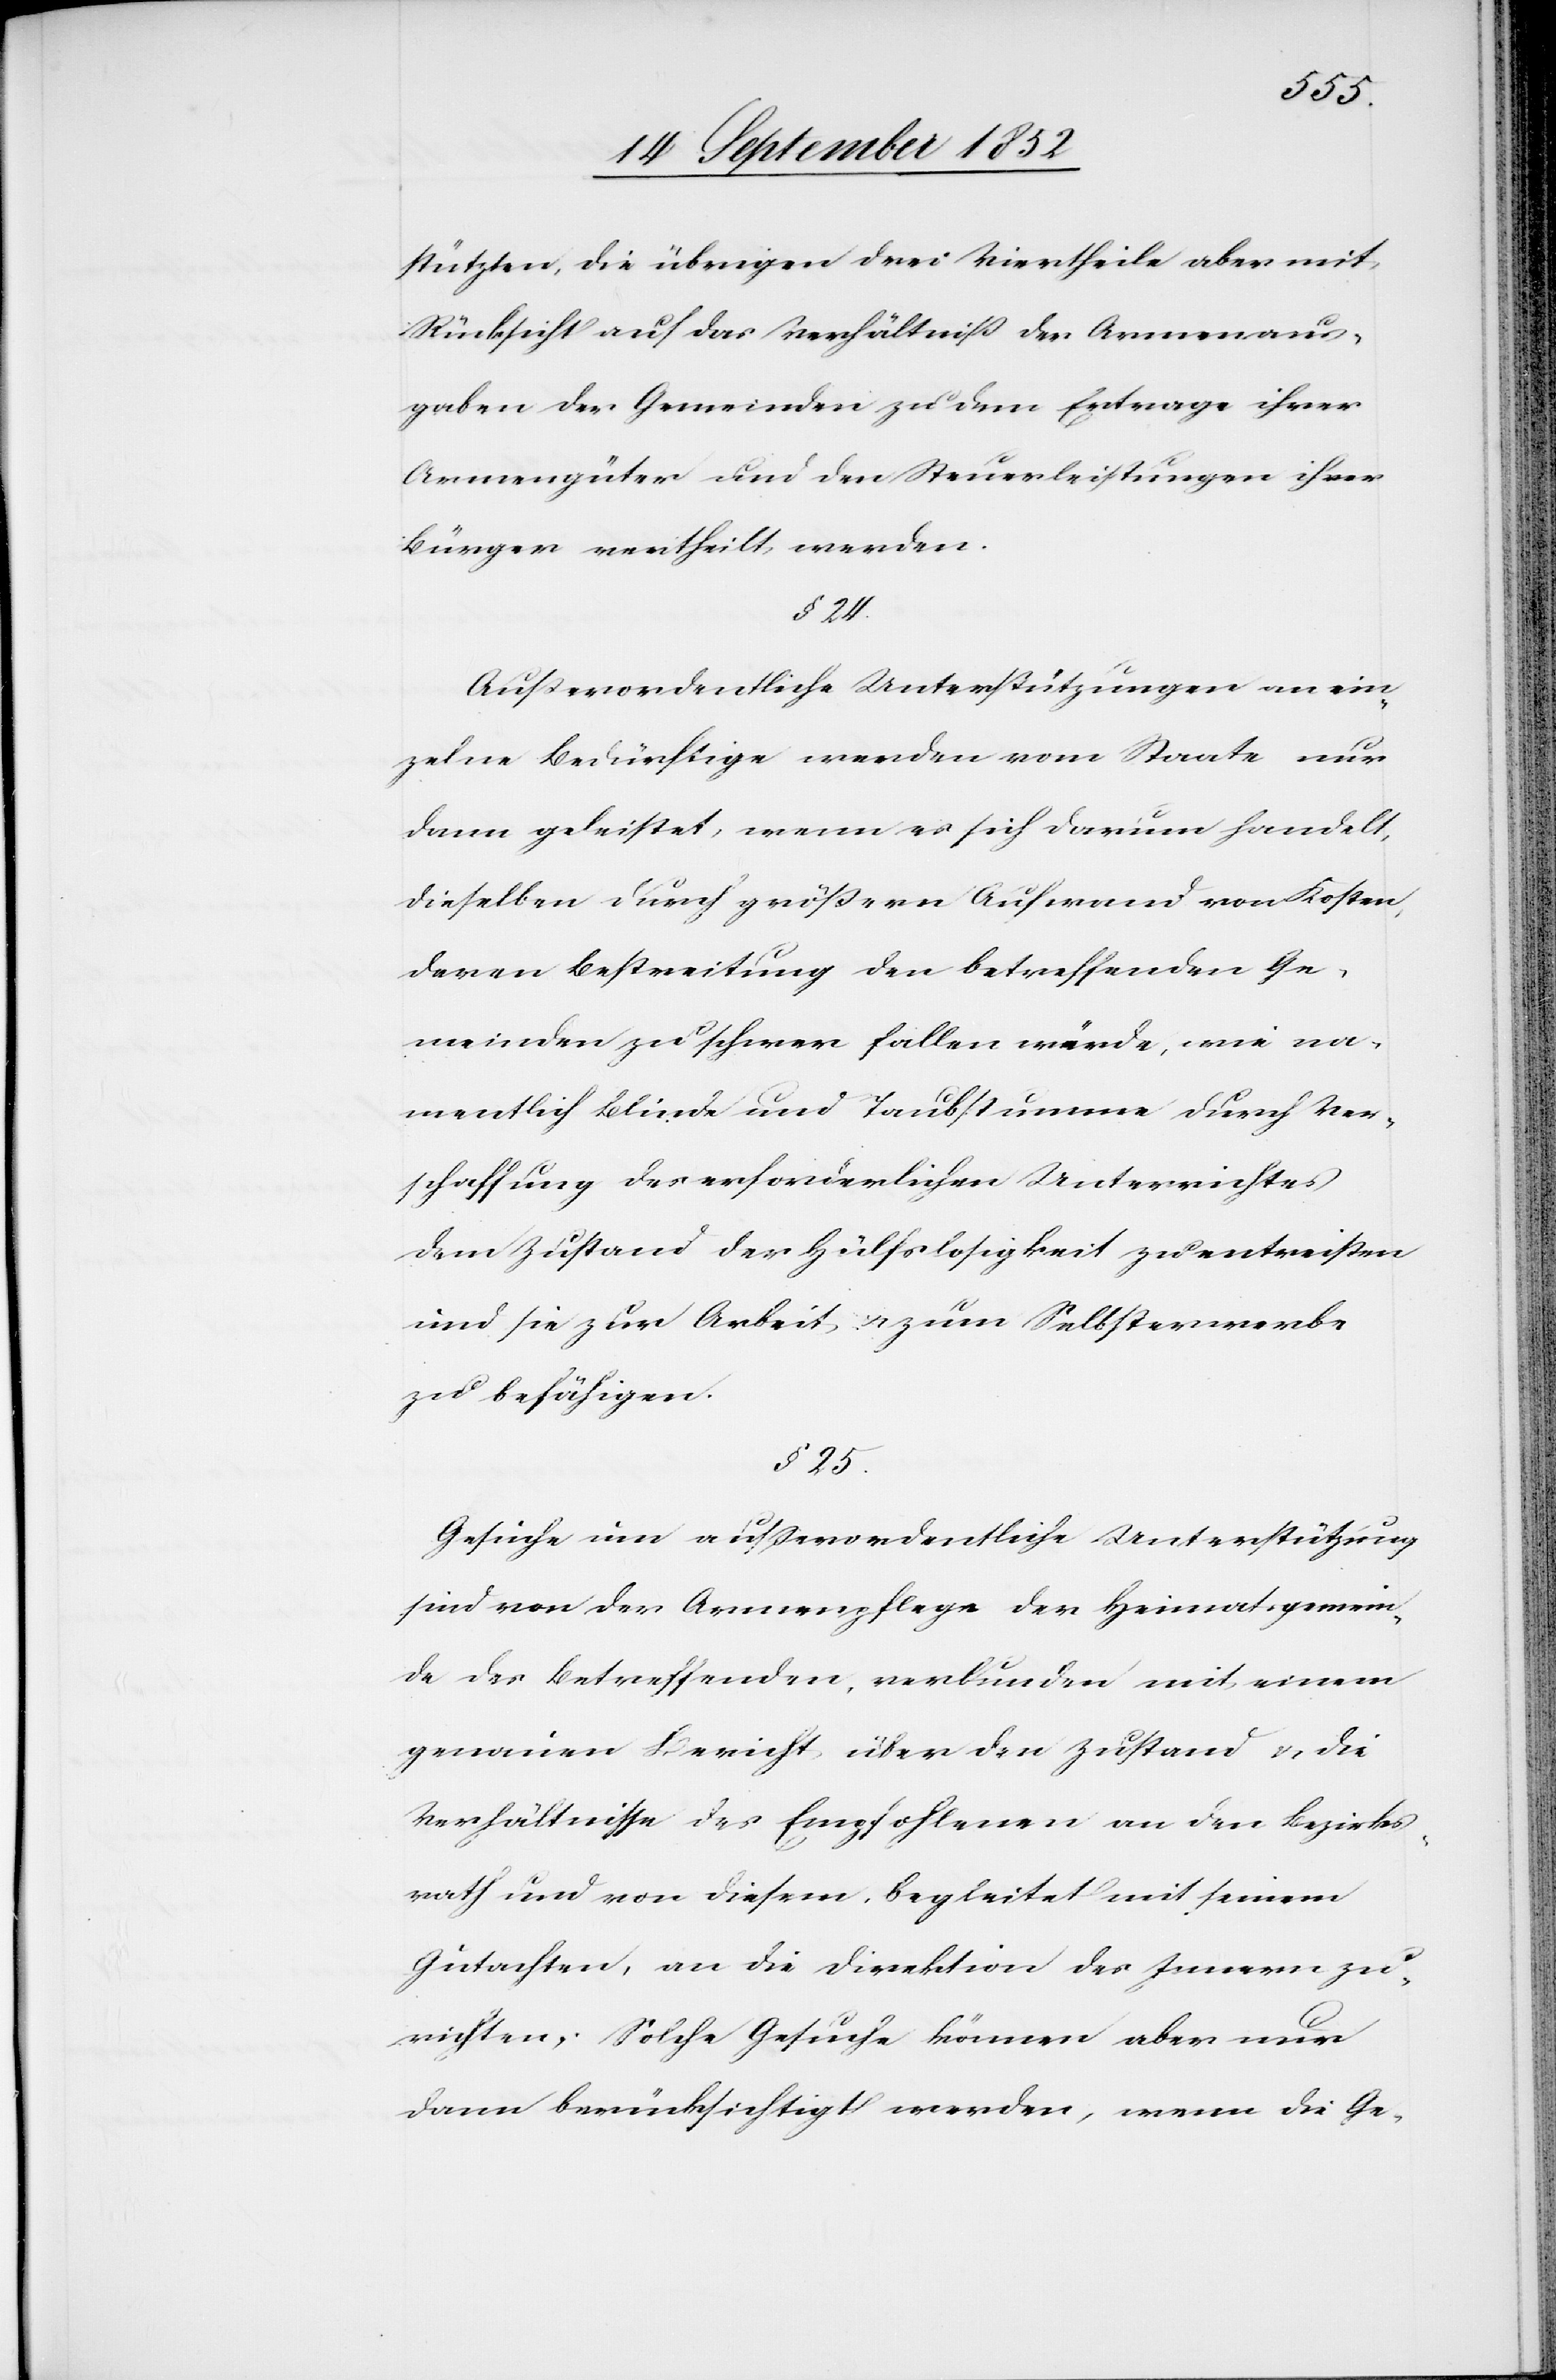
stützten, die übrigen drei Viertheile aber mit
Rücksicht auf das Verhältniß der Armenaus¬
gaben der Gemeinden zu dem Ertrage ihrer
Armengüter und den Steuerleistungen ihrer
Bürger vertheilt werden.
§ 24.
Außerordentliche Unterstützungen an ein¬
zelne Bedürftige werden vom Staate nur
dann geleistet, wenn es sich darum handelt,
dieselben durch größern Aufwand von Kosten,
deren Bestreitung den betreffenden Ge¬
meinden zu schwer fallen würde, wie na¬
mentlich Blinde und Taubstumme durch Ver¬
schaffung des erforderlichen Unterrichtes
dem Zustand der Hülfslosigkeit zu entreißen
und sie zur Arbeit & zum Selbsterwerbe
zu befähigen.
§ 25.
Gesuche um ausserordentliche Unterstützung
sind von der Armenpflege der Heimatsgemein¬
de des Betreffenden, verbunden mit einem
genauen Bericht über den Zustand & die
Verhältnisse des Empfohlenen an den Bezirks¬
rath und von diesem, begleitet mit seinem
Gutachten, an die Direktion des Innern zu
richten; Solche Gesuche können aber nur
dann berücksichtigt werden, wenn die Ge-